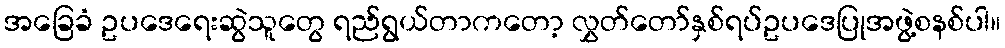
အခြေခံ ဥပဒေရေးဆွဲသူတွေ ရည်ရွယ်တာကတော့ လွှတ်တော်နှစ်ရပ်ဥပဒေပြုအဖွဲ့စနစ်ပါ။